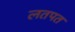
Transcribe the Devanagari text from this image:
लतपत